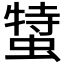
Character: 𧎬